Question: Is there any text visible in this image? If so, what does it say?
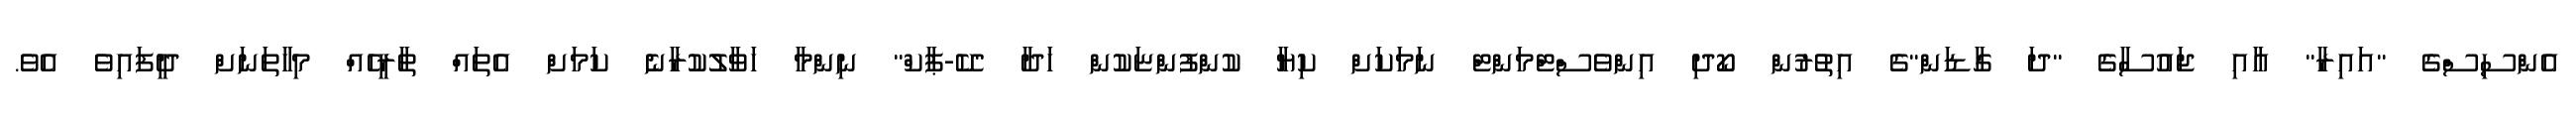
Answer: އެންސިސްގެ "އައިރާ" އާއި ޖައުސާގެ "ދަ ގާޑަން"ގެ އިތުރުން ކޯދި އިންވެސްޓްމަންޓް ނަމަކަށް ކިޔާ ކުންފުންޏަކުން ހަދާ "ކޭ-ޕާކް" ނިންމާ ހަވާލުކުރާނެ ކަމަށް އެތައް ތާރީހެއް މިހާތަނަށް ދީފައިވެ އެވެ.